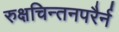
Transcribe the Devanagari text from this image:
रुक्षचिन्तनपरैर्न